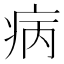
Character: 病